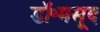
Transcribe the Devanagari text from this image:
डॉ॰मसूद